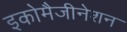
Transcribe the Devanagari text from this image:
इकोमैजीनेशन